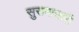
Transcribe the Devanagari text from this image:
सुसमाचारी